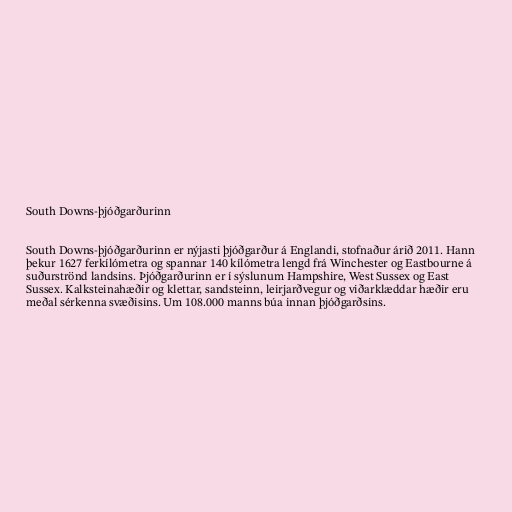
South Downs-þjóðgarðurinn

South Downs-þjóðgarðurinn er nýjasti þjóðgarður á Englandi, stofnaður árið 2011. Hann
þekur 1627 ferkílómetra og spannar 140 kílómetra lengd frá Winchester og Eastbourne á
suðurströnd landsins. Þjóðgarðurinn er í sýslunum Hampshire, West Sussex og East
Sussex. Kalksteinahæðir og klettar, sandsteinn, leirjarðvegur og viðarklæddar hæðir eru
meðal sérkenna svæðisins. Um 108.000 manns búa innan þjóðgarðsins.